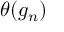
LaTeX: \theta ( g _ { n } )